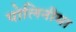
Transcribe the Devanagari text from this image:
पोलिनीमा